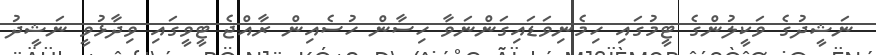
ނަޝީދުގެ ވަކީލުންގެ ޓީމުގައި ހިމެނިވަޑައިގަންނަވާ ހިސާން ހުސެއިން ރާއްޖެ ޓީވީގައި ވިދާޅުވީ ނަޝީދު